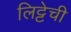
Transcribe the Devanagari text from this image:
लिट्टेची